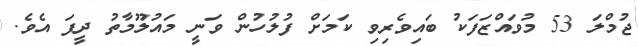
ޖުމްލަ 53 މުވައްޒަފަކު ބައިވެރިވި ކަމަށް ފުލުހުން ވަނީ މައުލޫމާތު ދީފަ އެވެ.